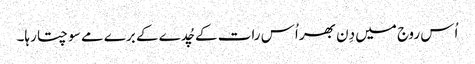
اُس روج میں دِن بھر اُس رات کے چُدے کے برے مے سوچتا رہا۔